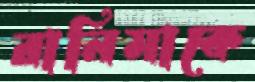
রানিমাকে